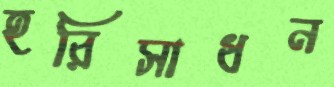
হরিসাধন